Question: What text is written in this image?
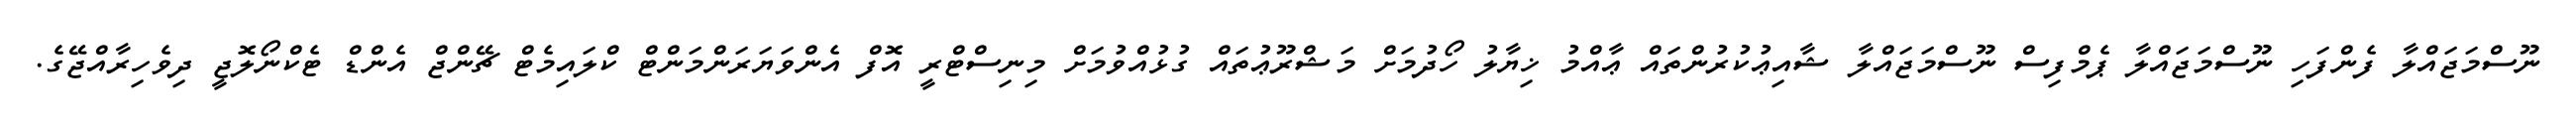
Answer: ނޫސްމަޖައްލާ ފެންފަހި ނޫސްމަޖައްލާ ޕެމްފިސް ނޫސްމަޖައްލާ ޝާއިޢުކުރުންތައް ޢާއްމު ޚިޔާލު ހޯދުމަށް މަޝްރޫޢުތައް ގުޅުއްވުމަށް މިނިސްޓްރީ އޮފް އެންވަޔަރަންމަންޓް ކްލައިމެޓް ޗޭންޖް އެންޑް ޓެކްނޯލޮޖީ ދިވެހިރާއްޖޭގެ.